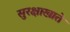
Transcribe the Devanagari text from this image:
सुरक्षाखाते